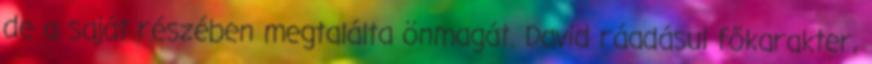
de a saját részében megtalálta önmagát. David ráadásul főkarakter,